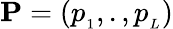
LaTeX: {\mathbf P}=(p_{{}_{1}},.,p_{{}_{L}})